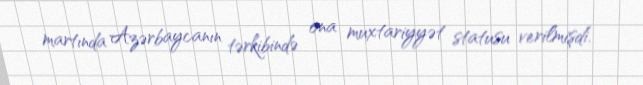
martında Azərbaycanın tərkibində ona muxtariyyət statusu verilmişdi.